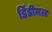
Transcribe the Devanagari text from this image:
डिंडीमल